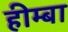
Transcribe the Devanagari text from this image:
हीम्बा